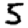
Digit: 5